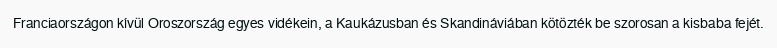
Franciaországon kívül Oroszország egyes vidékein, a Kaukázusban és Skandináviában kötözték be szorosan a kisbaba fejét.